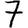
Digit: 7